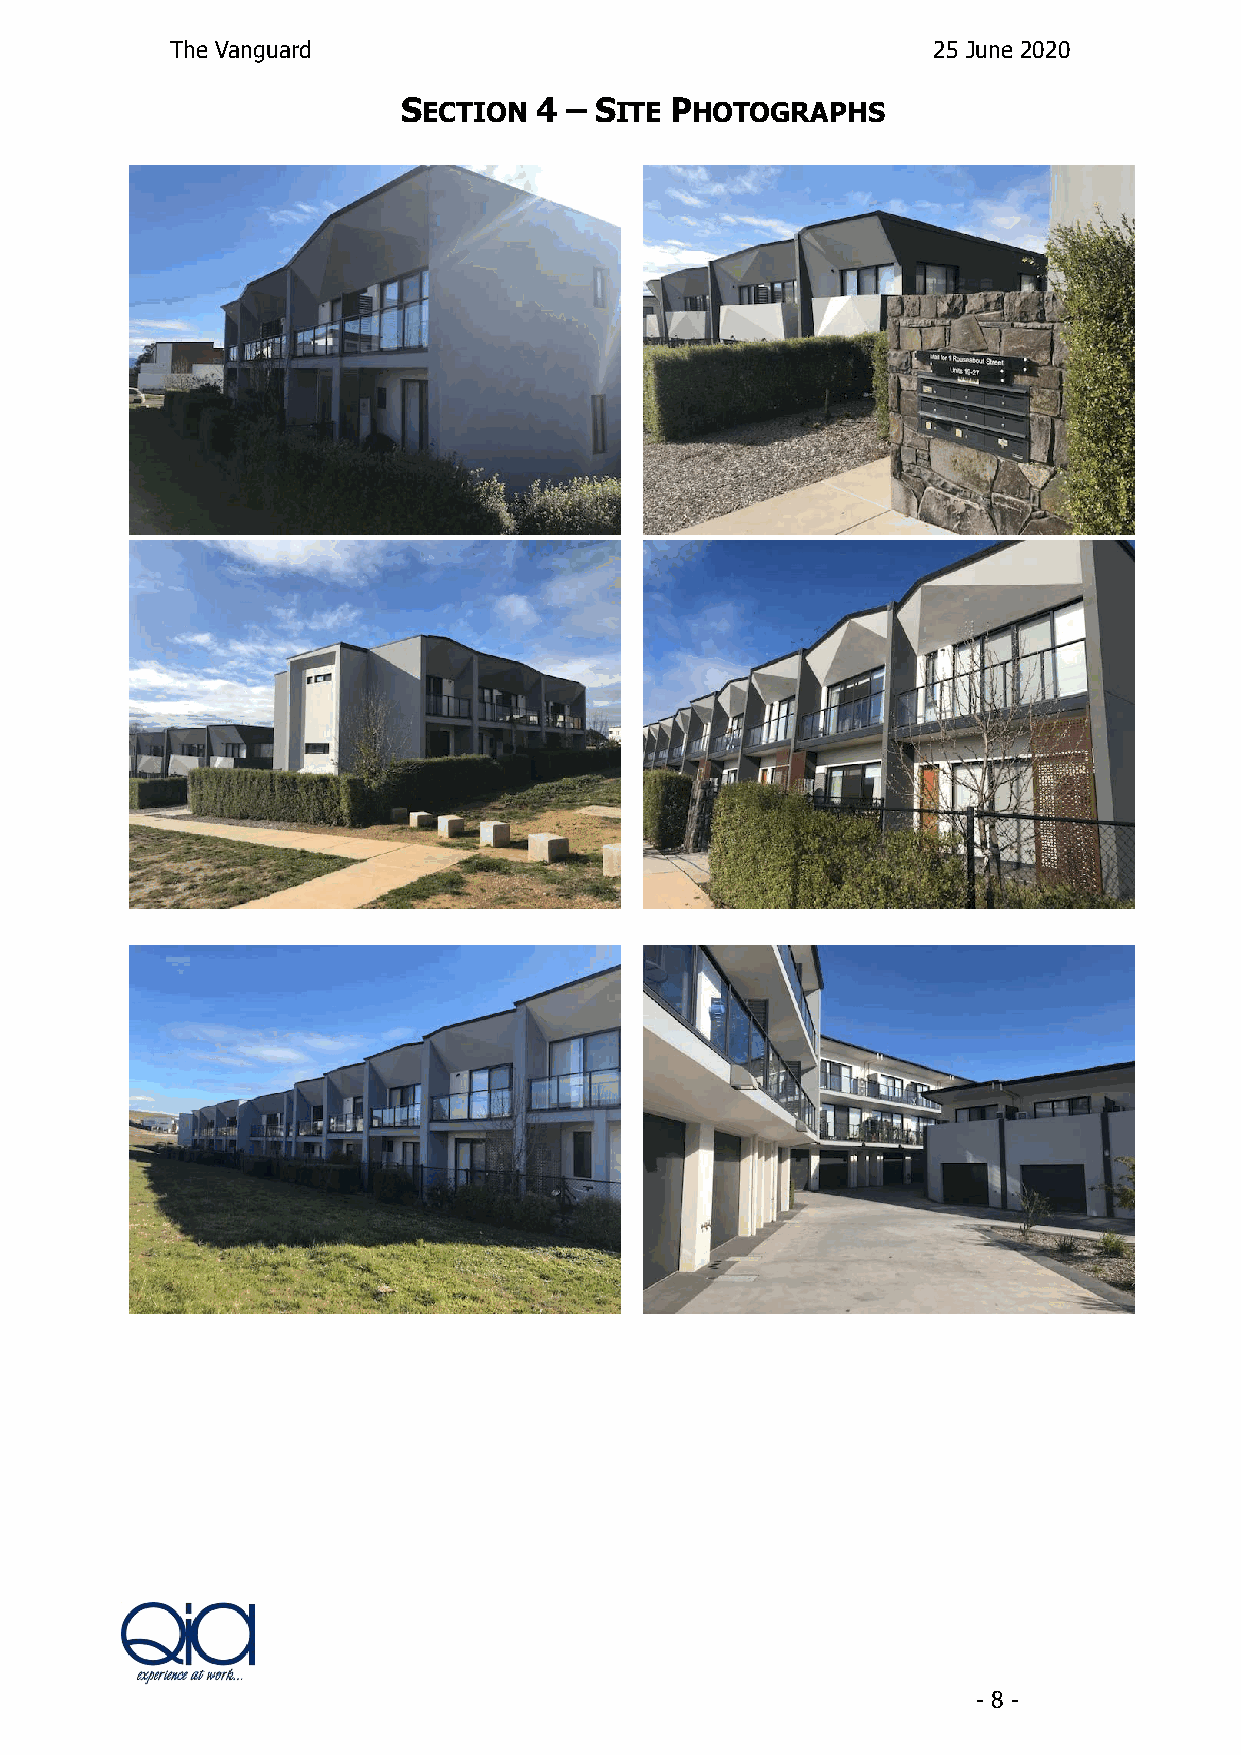
The Vanguard                                       25 June 2020
 SECTION 4 – SITE PHOTOGRAPHS
 - 8 -